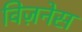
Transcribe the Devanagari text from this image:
विज़नेस